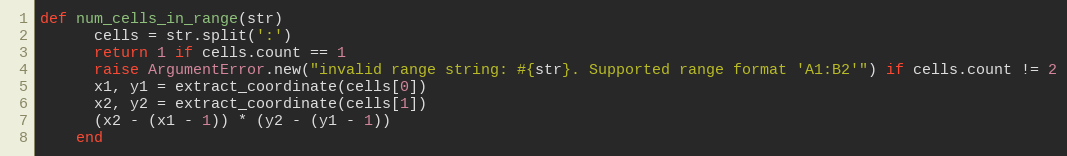
Language: Ruby
def num_cells_in_range(str)
      cells = str.split(':')
      return 1 if cells.count == 1
      raise ArgumentError.new("invalid range string: #{str}. Supported range format 'A1:B2'") if cells.count != 2
      x1, y1 = extract_coordinate(cells[0])
      x2, y2 = extract_coordinate(cells[1])
      (x2 - (x1 - 1)) * (y2 - (y1 - 1))
    end